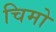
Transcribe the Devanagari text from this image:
चिमो